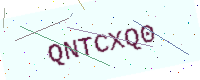
Text: QNTCXQ0